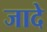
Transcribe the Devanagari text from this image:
जादे